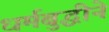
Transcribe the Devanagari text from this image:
धर्मबुद्धीने